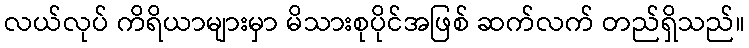
လယ်လုပ် ကိရိယာများမှာ မိသားစုပိုင်အဖြစ် ဆက်လက် တည်ရှိသည်။